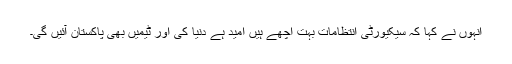
انہوں نے کہا کہ سیکیورٹی انتظامات بہت اچھے ہیں امید ہے دنیا کی اور ٹیمیں بھی پاکستان آئیں گی۔